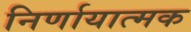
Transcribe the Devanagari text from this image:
निर्णायात्मक